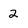
Character: 2